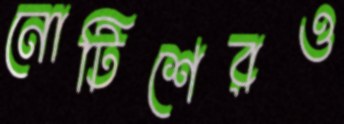
নোটিশেরও